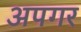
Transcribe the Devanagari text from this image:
अपगर